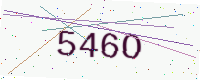
Text: 546O